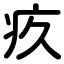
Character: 疚